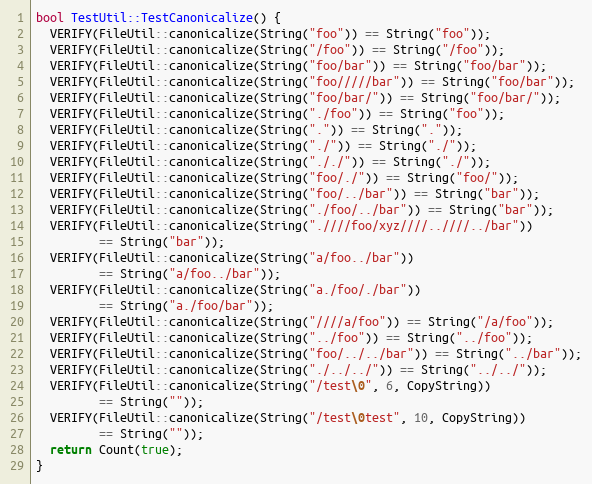
Language: C++
bool TestUtil::TestCanonicalize() {
  VERIFY(FileUtil::canonicalize(String("foo")) == String("foo"));
  VERIFY(FileUtil::canonicalize(String("/foo")) == String("/foo"));
  VERIFY(FileUtil::canonicalize(String("foo/bar")) == String("foo/bar"));
  VERIFY(FileUtil::canonicalize(String("foo/////bar")) == String("foo/bar"));
  VERIFY(FileUtil::canonicalize(String("foo/bar/")) == String("foo/bar/"));
  VERIFY(FileUtil::canonicalize(String("./foo")) == String("foo"));
  VERIFY(FileUtil::canonicalize(String(".")) == String("."));
  VERIFY(FileUtil::canonicalize(String("./")) == String("./"));
  VERIFY(FileUtil::canonicalize(String("././")) == String("./"));
  VERIFY(FileUtil::canonicalize(String("foo/./")) == String("foo/"));
  VERIFY(FileUtil::canonicalize(String("foo/../bar")) == String("bar"));
  VERIFY(FileUtil::canonicalize(String("./foo/../bar")) == String("bar"));
  VERIFY(FileUtil::canonicalize(String(".////foo/xyz////..////../bar"))
         == String("bar"));
  VERIFY(FileUtil::canonicalize(String("a/foo../bar"))
         == String("a/foo../bar"));
  VERIFY(FileUtil::canonicalize(String("a./foo/./bar"))
         == String("a./foo/bar"));
  VERIFY(FileUtil::canonicalize(String("////a/foo")) == String("/a/foo"));
  VERIFY(FileUtil::canonicalize(String("../foo")) == String("../foo"));
  VERIFY(FileUtil::canonicalize(String("foo/../../bar")) == String("../bar"));
  VERIFY(FileUtil::canonicalize(String("./../../")) == String("../../"));
  VERIFY(FileUtil::canonicalize(String("/test\0", 6, CopyString))
         == String(""));
  VERIFY(FileUtil::canonicalize(String("/test\0test", 10, CopyString))
         == String(""));
  return Count(true);
}